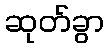
ဆုတ်ခွာ